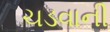
ચડવાની